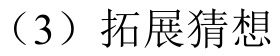
（3）拓展猜想